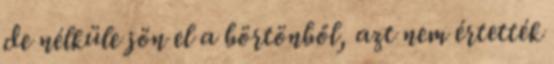
de nélküle jön el a börtönből, azt nem értették